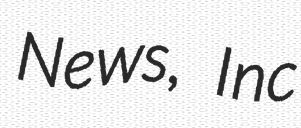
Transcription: News, Inc